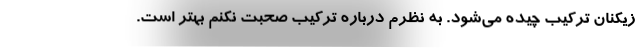
زیکنان ترکیب چیده می‌شود. به نظرم درباره ترکیب صحبت نکنم بهتر است.